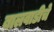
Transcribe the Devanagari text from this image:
बालवाडीचे